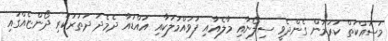
މަސައްކަތް ކުރަމުން ގެންދެވީ ސިލޯނާއި މާލެއާއި ފުވައްމުލަކާއި އައްޑުއާ ދެމެދު ދަތުރުކުރި ދޯންޏެއްގައި